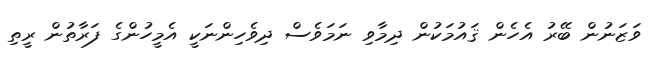
ވަޒަނުން ބޭރު އެހެން ޤައުމަކުން ދިމާވި ނަމަވެސް ދިވެހިންނަކީ އެމީހުންގެ ފަރާތުން ރީތި